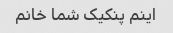
اینم پنکیک شما خانم